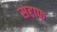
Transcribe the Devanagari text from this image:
सद्दाफ